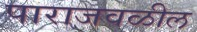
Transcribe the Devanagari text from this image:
पाराजवळील